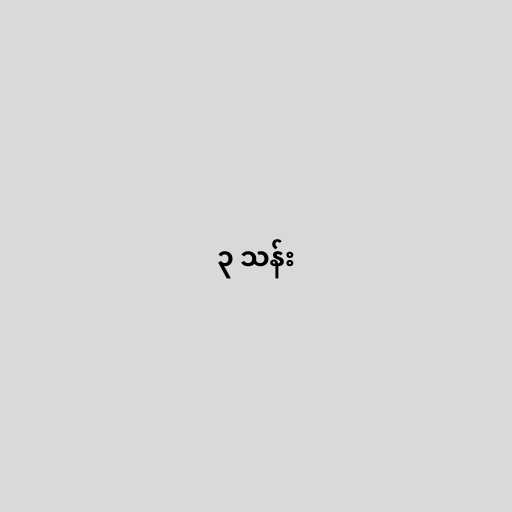
၃ သန်း